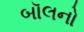
બૉલનો